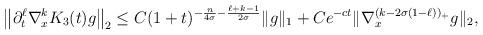
LaTeX: \begin{align*} \left\| \partial_{t}^{\ell} \nabla_{x}^{k}K_{3}(t)g\right\|_{2} \le C(1+t)^{-\frac{n}{4 \sigma }- \frac{\ell+ k-1}{2\sigma}}\| g \|_{1} +C e^{-ct} \| \nabla^{(k-2 \sigma(1-\ell))_{+}}_{x} g\|_{2}, \end{align*}